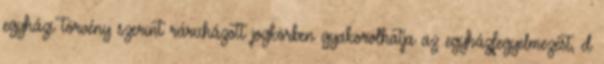
egyházi törvény szerint ráruházott jogkörben gyakorolhatja az egyházfegyelmezést, d